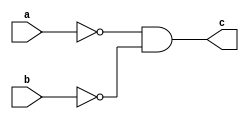
//Exercicio 5
//Nome: Vitor Angelo Lima
//Matrcula: 451621

module  norgate( output c, input a, input b);
	assign c = ~a & ~b;
endmodule

module testgate;
	reg a, b;
	wire c;
	norgate gate1 (c, a, b);
	
	initial begin
		a = 0; b = 0;
		#1 $monitor ("( ~%b & ~%b ) = %b", a, b, c);
		#1 a = 0; b = 0;
		#1 a = 0; b = 1;
		#1 a = 1; b = 1;
		#1 a = 1; b = 0;
	end
endmodule